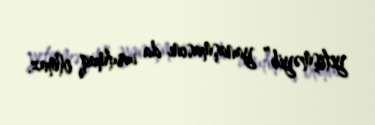
yetişməyib” yanaşmasını da unutmaq olmaz.